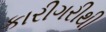
કારીગરીથી